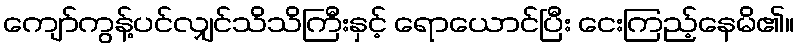
ကျော်ကွန့်ပင်လျှင်သိသိကြီးနှင့် ရောယောင်ပြီး ငေးကြည့်နေမိ၏။